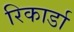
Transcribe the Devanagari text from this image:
रिकार्डा